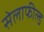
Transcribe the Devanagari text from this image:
सेलाफील्ड